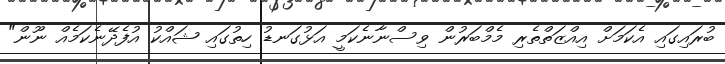
ބުރައިިގައި އެކަމަށް އިއްޒަތްތެރި މެމްބަރުން ވިސްނާނެކަމީ އަޅުގަނޑު ހިތުގައި ޝައްކު އުފެދޭނެކަމެއް ނޫން"